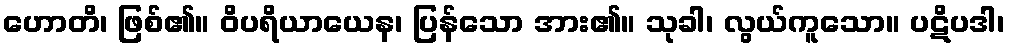
ဟောတိ၊ ဖြစ်၏။ ဝိပရိယာယေန၊ ပြန်သော အား၏။ သုခါ၊ လွယ်ကူသော။ ပဋိပဒါ၊